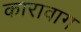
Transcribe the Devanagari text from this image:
कारावाग